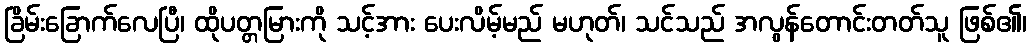
ခြိမ်းခြောက်လေပြီ၊ ထိုပတ္တမြားကို သင့်အား ပေးလိမ့်မည် မဟုတ်၊ သင်သည် အလွန်တောင်းတတ်သူ ဖြစ်၏၊